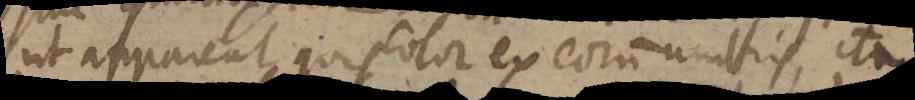
ut appareat quis color ex eorum umbris, ita